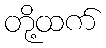
တို့ထက်